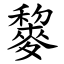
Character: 䴻